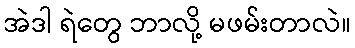
အဲဒါ ရဲတွေ ဘာလို့ မဖမ်းတာလဲ။